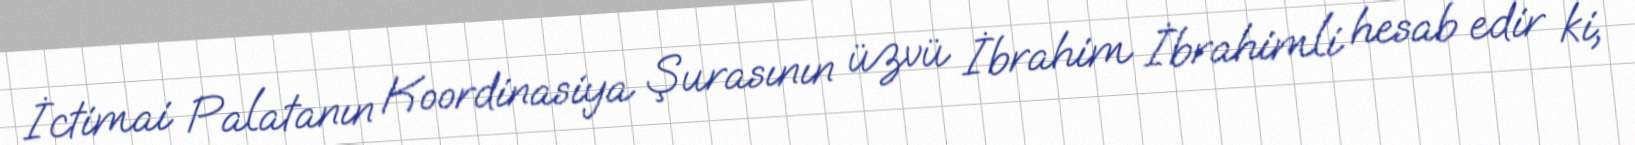
İctimai Palatanın Koordinasiya Şurasının üzvü İbrahim İbrahimli hesab edir ki,